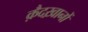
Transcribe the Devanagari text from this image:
क़ैदख़ानों